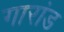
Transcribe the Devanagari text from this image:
गारांड